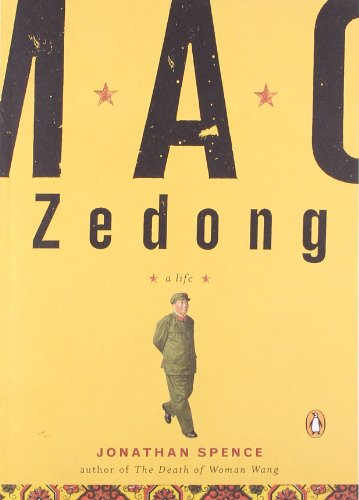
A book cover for Mao Zedong: A Life; Jonathan Spence; Biographies & Memoirs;